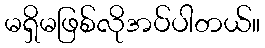
မရှိမဖြစ်လိုအပ်ပါတယ်။